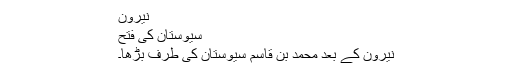
نیرون
سیوستان کی فتح
نیرون کے بعد محمد بن قاسم سیوستان کی طرف بڑھا۔